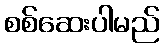
စစ်ဆေးပါမည်